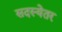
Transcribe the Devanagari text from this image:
सदस्येतर